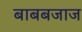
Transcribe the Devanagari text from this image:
बाबबजाज